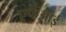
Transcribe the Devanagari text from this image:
एफेआई